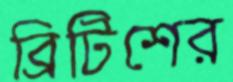
ব্রিটিশের